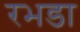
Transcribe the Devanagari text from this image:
रभडा